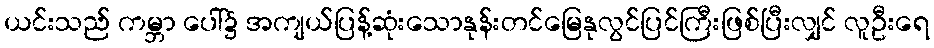
ယင်းသည် ကမ္ဘာ ပေါ်၌ အကျယ်ပြန့်ဆုံးသောနုန်းတင်မြေနုလွင်ပြင်ကြီးဖြစ်ပြီးလျှင် လူဦးရေ